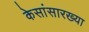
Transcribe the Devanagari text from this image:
केसांसारख्या